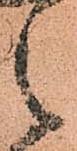
之